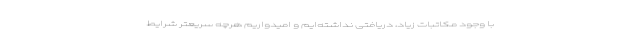
با وجود مکاتبات زیاد، دریافتی نداشته‌ایم و امیدواریم هرچه سریعتر شرایط